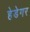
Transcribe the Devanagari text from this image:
हेडेगर